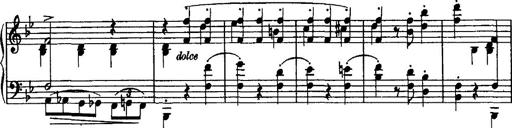
Title: Grande valse di bravura
Composer: Franz Liszt